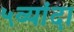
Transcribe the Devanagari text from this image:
५व्यांदा